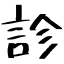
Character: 診